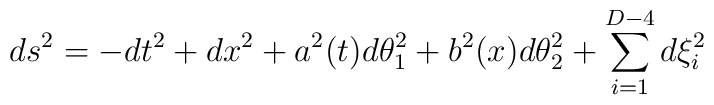
ds^2 = - dt^2 + dx^2 + a^2(t) d\theta_1^2 + b^2(x) d\theta_2^2+ \sum_{i=1}^{D-4}d\xi_i^2